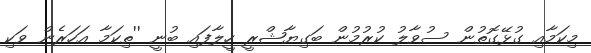
މިކަމާއި ގުޅޭގޮތުން ސުވާލު ކުރުމުން ބަގިޔާޝްރީ ހީލާފައި ބުނީ ''ތިކަމާ އަހަރެން ވަކި